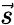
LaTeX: \vec{s}